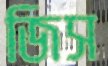
জিস